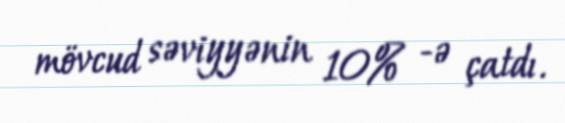
mövcud səviyyənin 10% -ə çatdı.